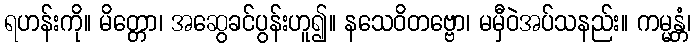
ရဟန်းကို။ မိတ္တော၊ အဆွေခင်ပွန်းဟူ၍။ နသေဝိတဗ္ဗော၊ မမှီဝဲအပ်သနည်း။ ကမ္မန္တံ၊